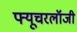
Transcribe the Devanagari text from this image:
फ्यूचरलॉजी